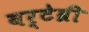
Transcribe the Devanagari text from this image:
बर्टेब्री